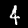
Label: 4